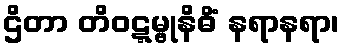
ဌိတာ တိဝဋ္ဋမ္ဗုနိဓိံ နရာနရာ၊